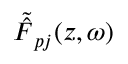
{ \tilde { \hat { \cal F } } } _ { p j } ( z , \omega )